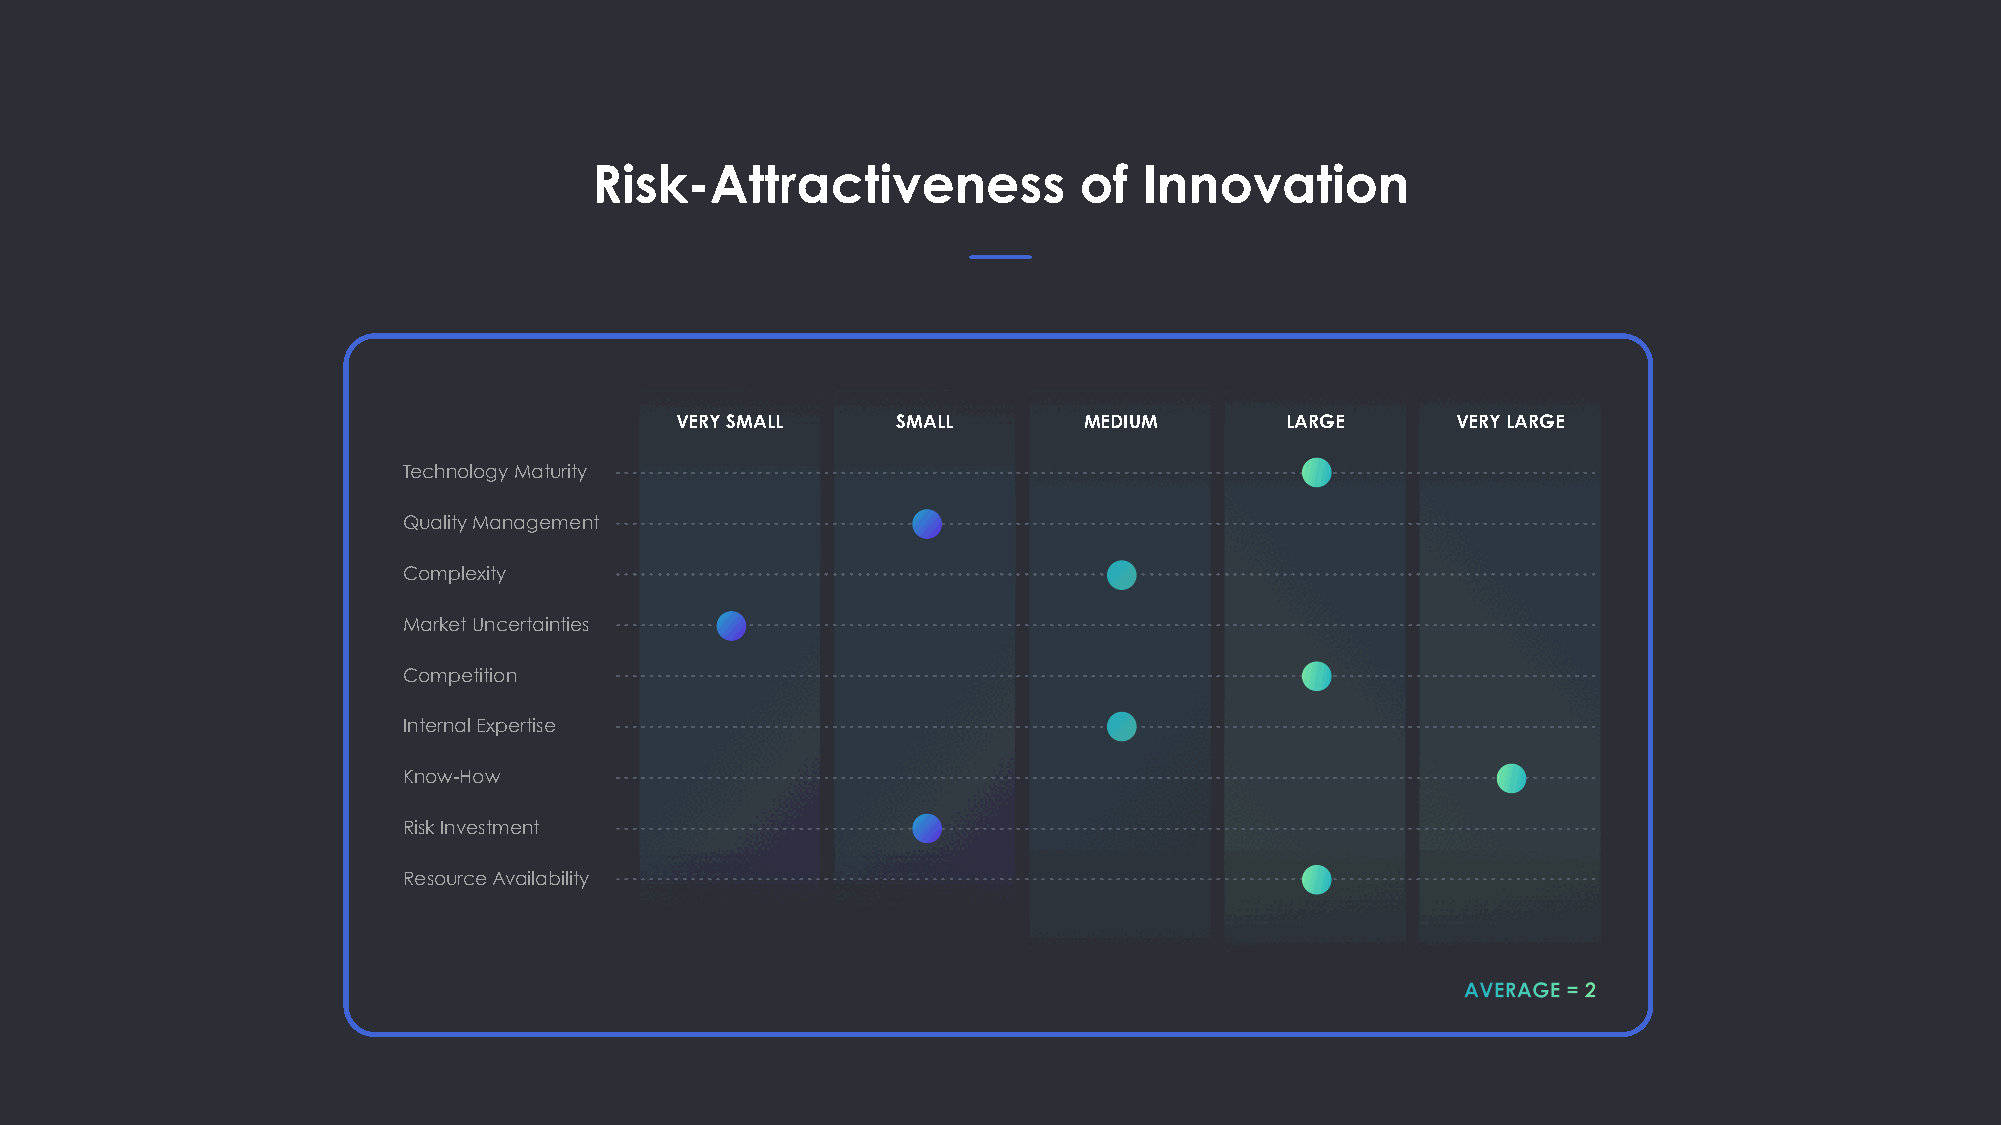
Risk-Attractiveness             of   Innovation
 VERY SMALL    SMALL        MEDIUM       LARGE      VERY LARGE
 Technology Maturity
 Quality Management
 Complexity
 Market Uncertainties
 Competition
 Internal Expertise
 Know-How
 Risk Investment
 Resource Availability
 AVERAGE = 2